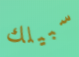
سبيلك